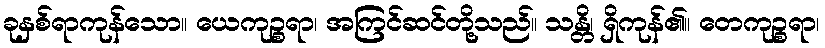
ခုနှစ်ရာကုန်သော။ ယေကုဉ္စရာ၊ အကြင်ဆင်တို့သည်။ သန္တိ၊ ရှိကုန်၏။ တေကုဉ္စရာ၊